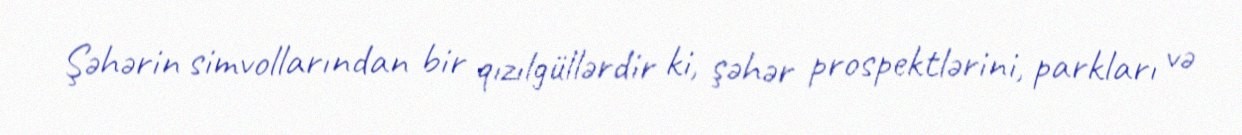
Şəhərin simvollarından bir qızılgüllərdir ki, şəhər prospektlərini, parkları və